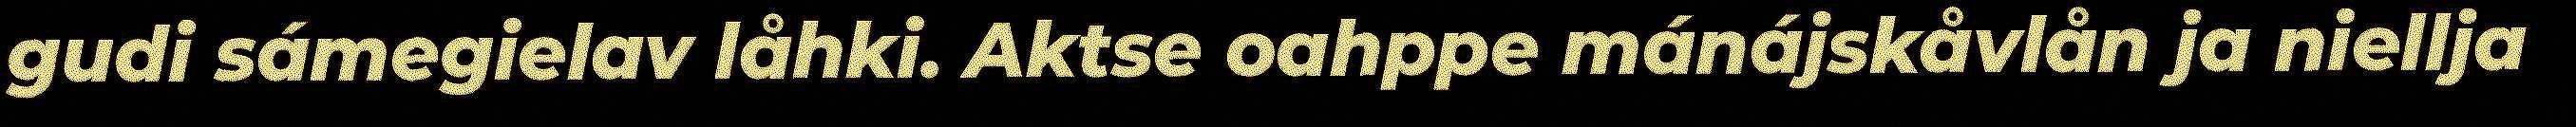
gudi sámegielav låhki. Aktse oahppe mánájskåvlån ja niellja